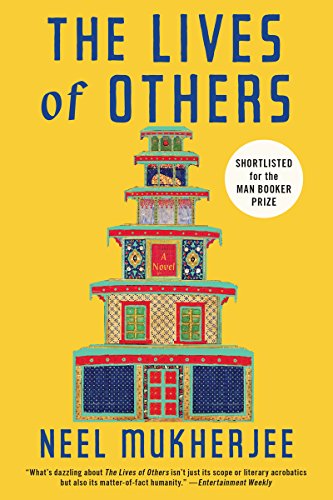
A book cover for The Lives of Others; Neel Mukherjee; Literature & Fiction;